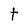
Character: t